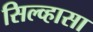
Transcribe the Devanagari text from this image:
सिल्व्हासा